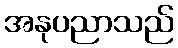
အနုပညာသည်